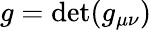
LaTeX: {g}=\operatorname*{d\mathrm{e}t}({g}_{\mu\nu})